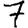
Digit: 7